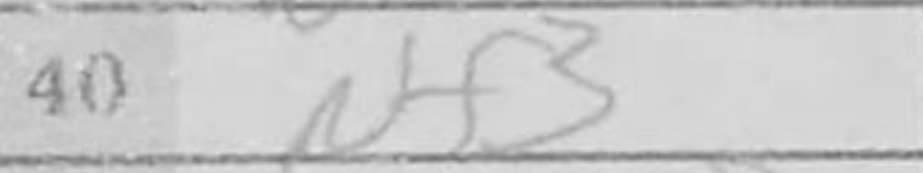
Transcription: Nf3